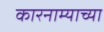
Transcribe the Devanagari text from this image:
कारनाम्याच्या